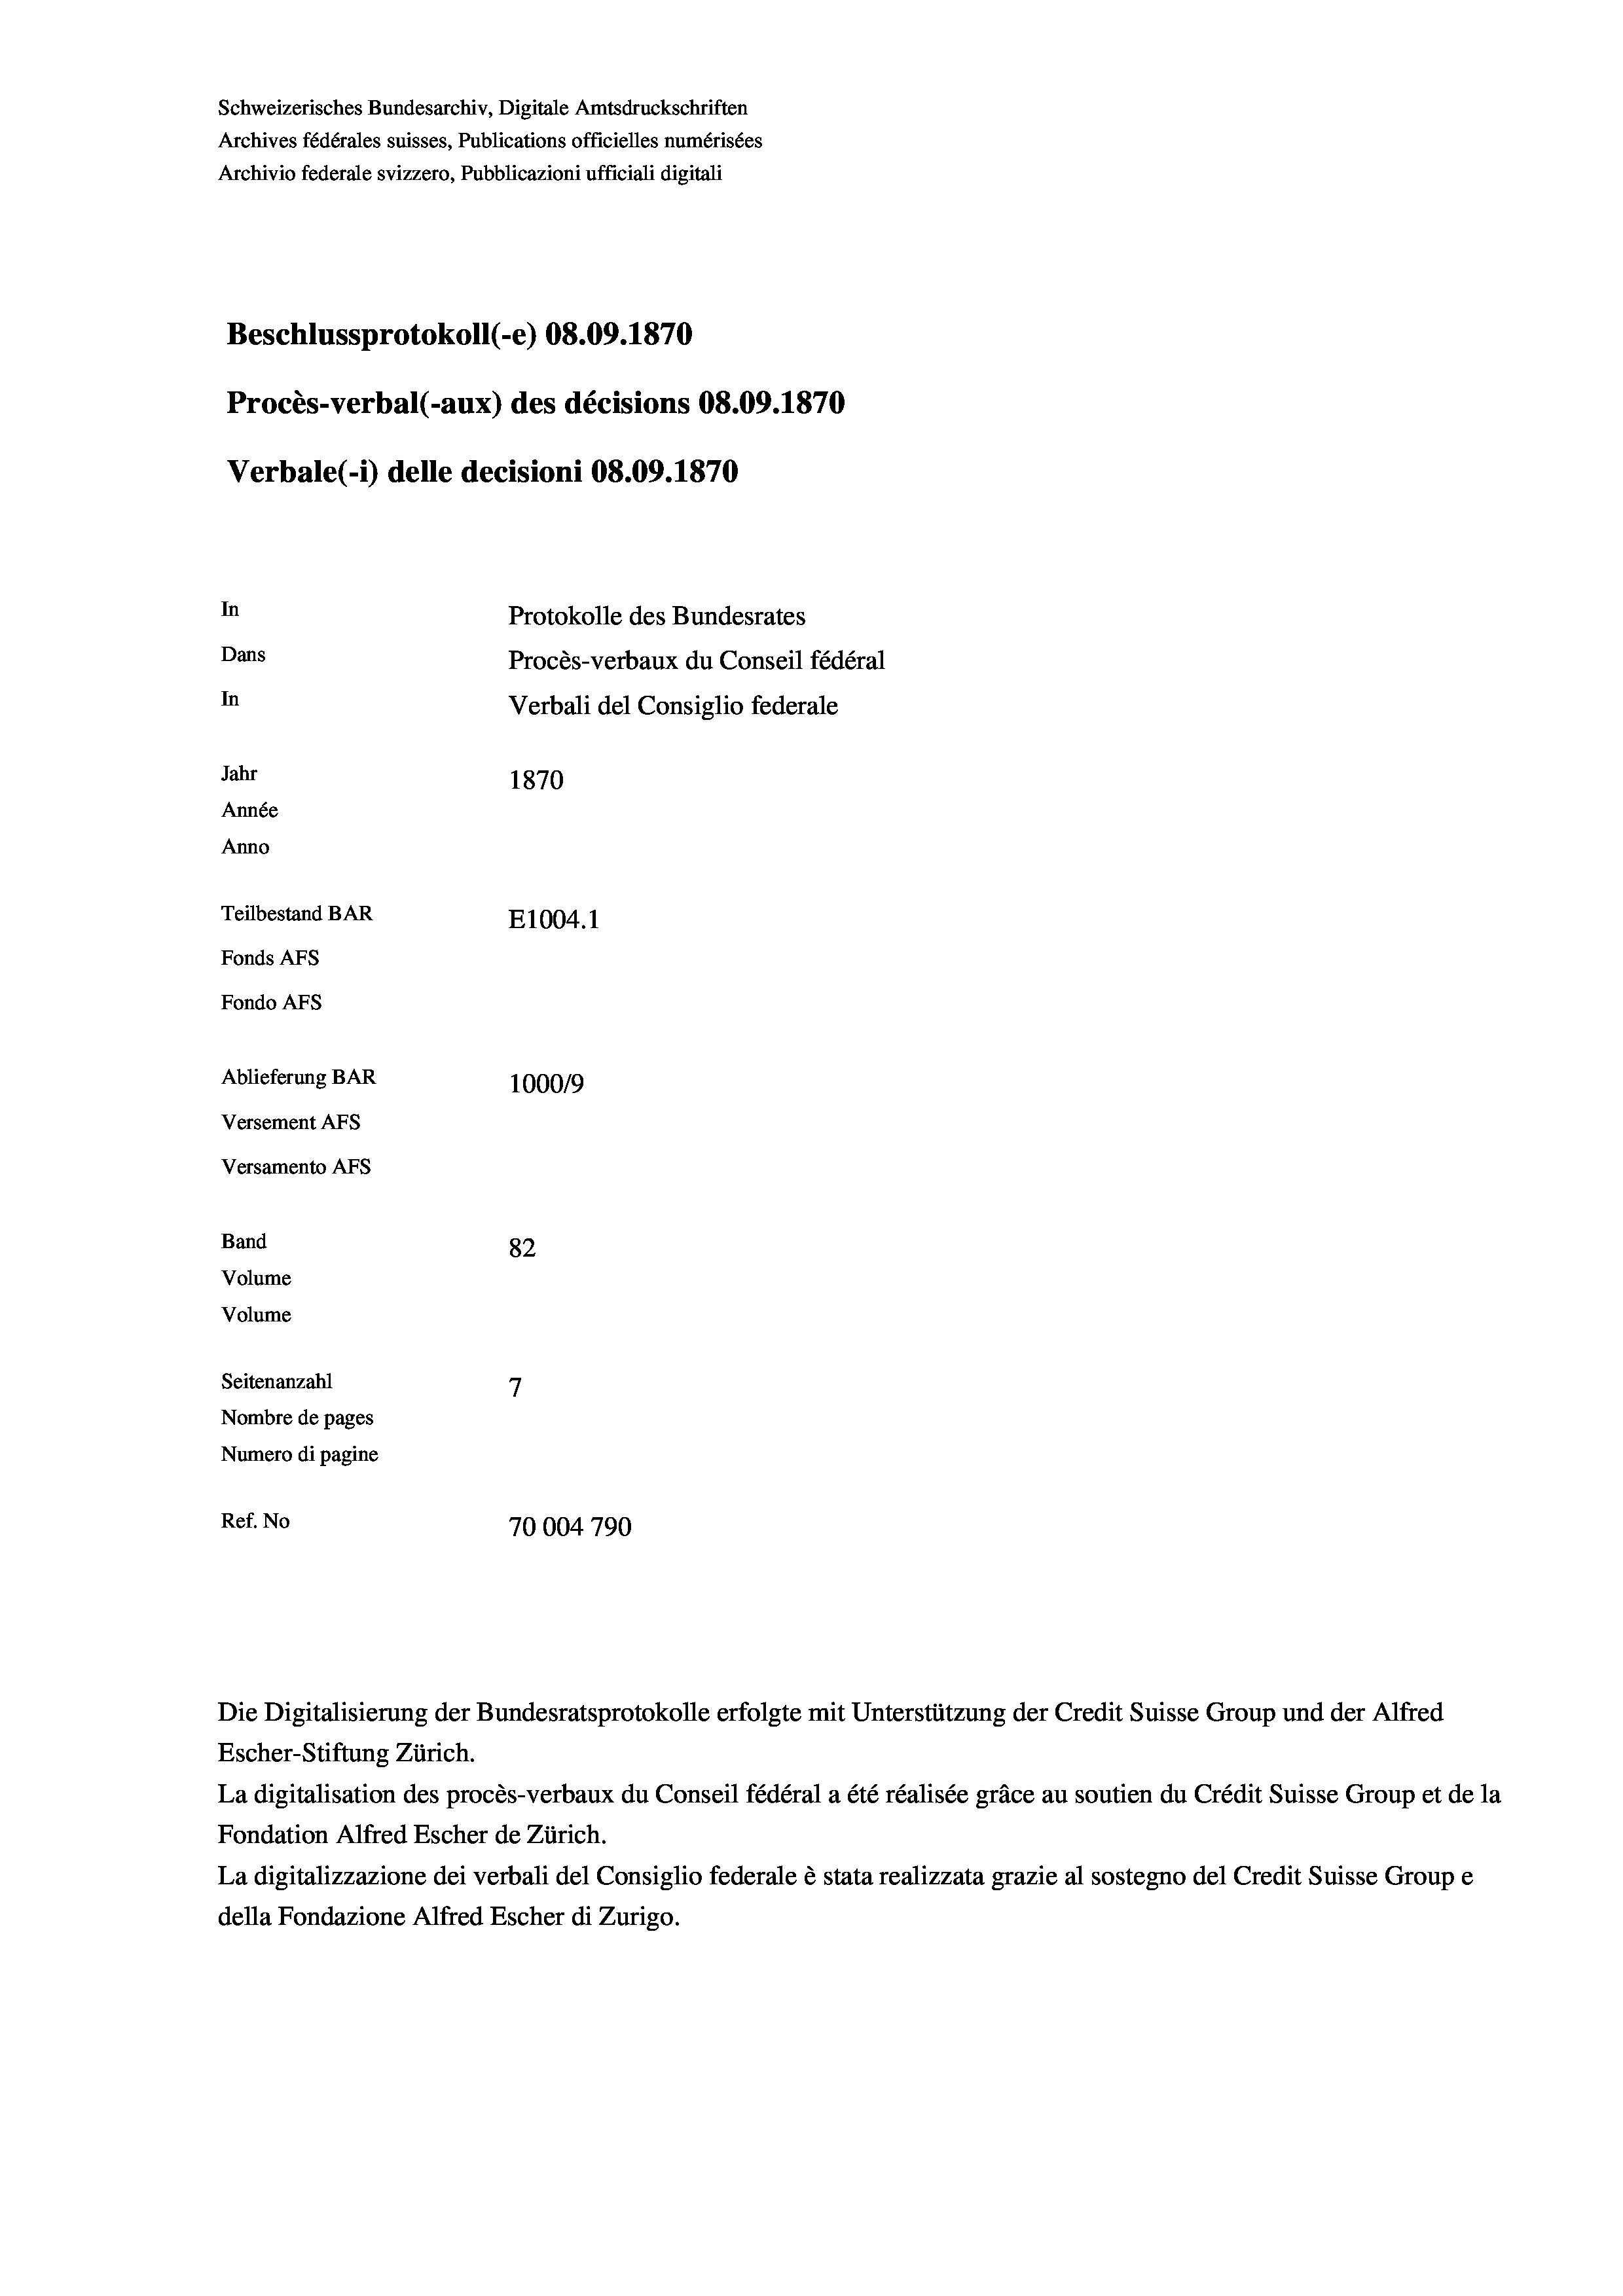
Schweizerisches Bundesarchiv, Digitale Amtsdruckschriften
Archives fédérales suisses, Publications officielles numérisées
Archivio federale svizzero, Pubblicazioni ufficiali digitali
Beschlussprotokoll (-e) 08.09. 1870
Procès-verbal (-aux) des décisions 08.09. 1870
Verbale(-*) delle decisioni 08.09. 1870
In
Protokolle des Bundesrates
Dans
Procès-verbaux du Conseil fédéral
In
Verbali del Consiglio federale
Jahr
1870
Année
Anno
Teilbestand BAR
E1004.1
Fonds Afs
Fondo AFs
Ablieferung BAR
1000/9
Versement AFS
Versamento Afs
Band
82
Volume
Volume
7
Seitenanzahl
Nombre de pages
Numero di pagine
Ref. No
70004790

Escher-Stiftung Zürich.
La digitalisation des procès-verbaux du Conseil fédéral a été réalisée gräce au soutien du Crédit Suisse Group et de la
Fondation Alfred Escher de Zürich.
La digitalizzazione dei verbali del Consiglio federale è stata realizzata grazie al sostegno del Credit Suisse Groupe
della Fondazione Alfred Escher di Zurigo.

Die Digitalisierung der Bundesratsprotokolle erfolgte mit Unterstützung der Credit Suisse Group und der Alfred